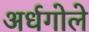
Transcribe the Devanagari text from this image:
अर्धगोले